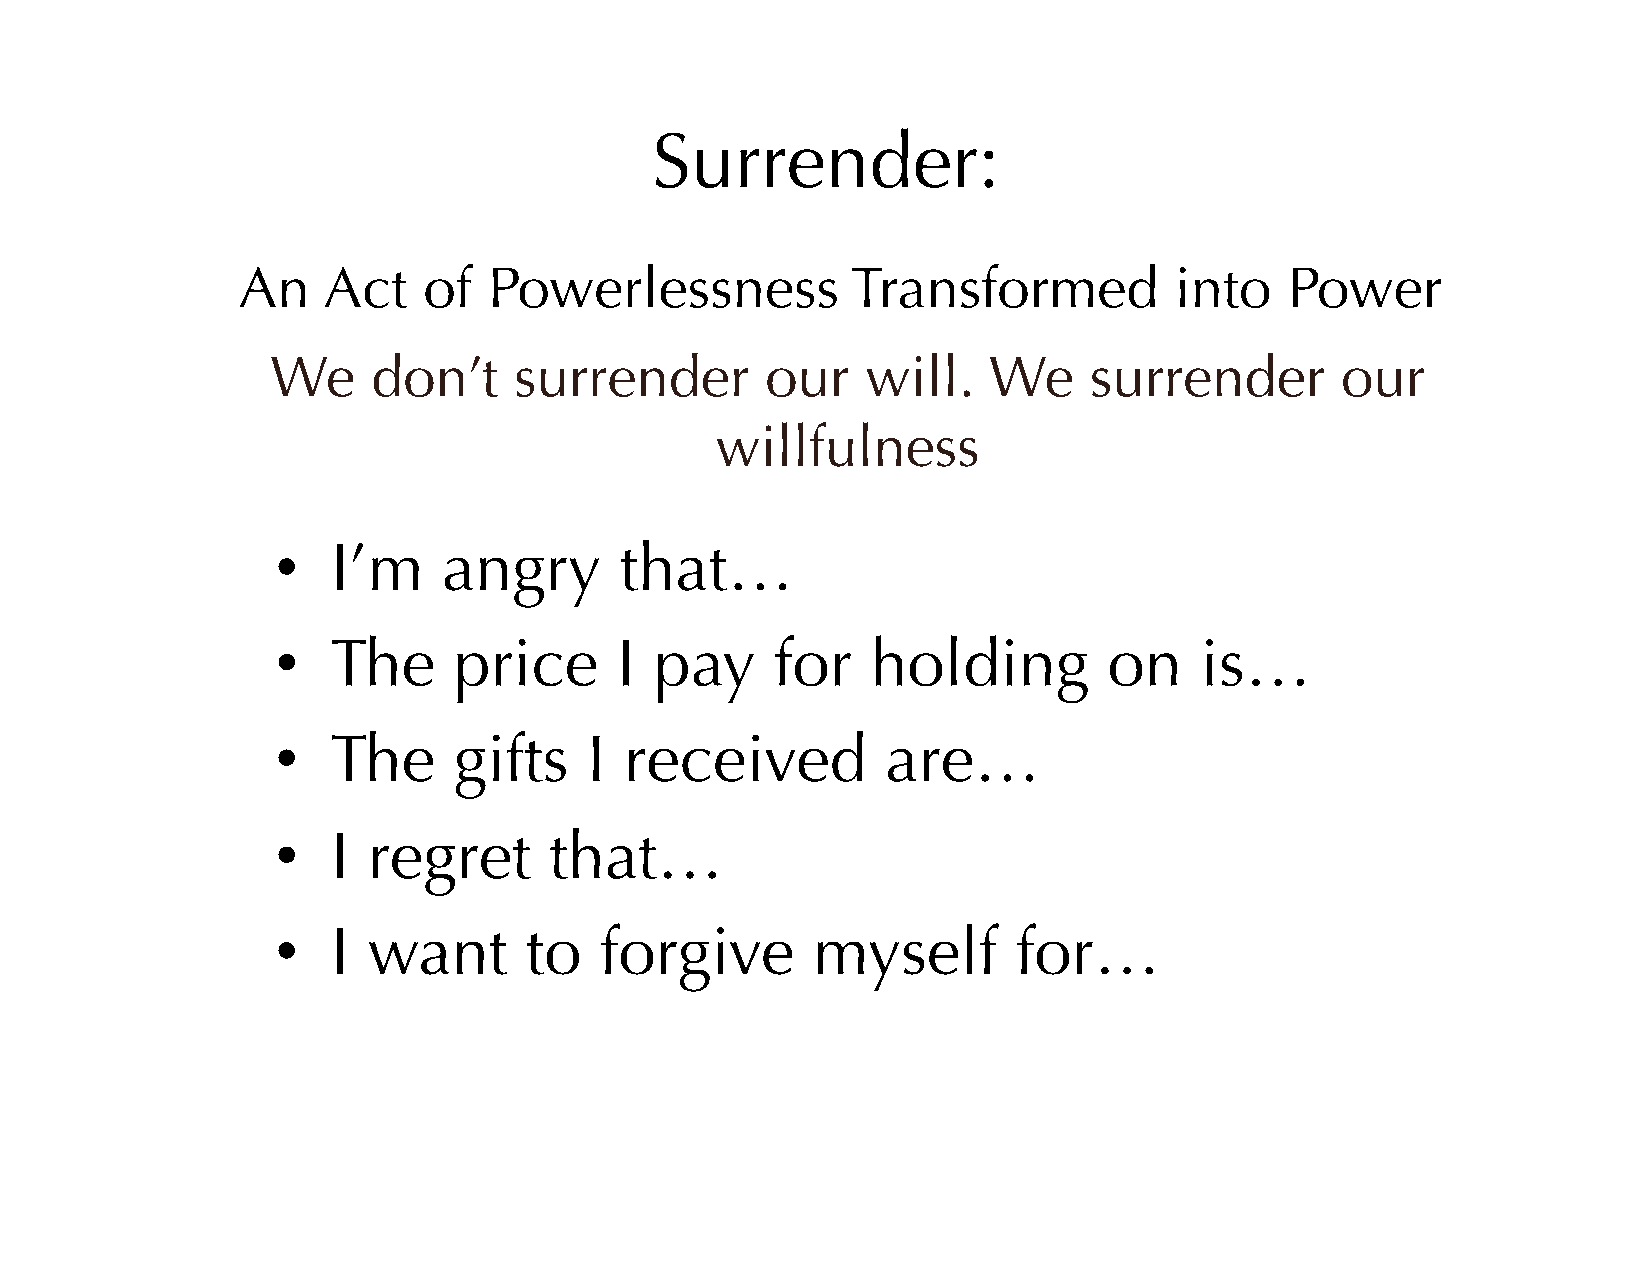
Surrender:
 An   Act    of  Powerlessness           Transformed           into   Power
 We     don’t    surrender        our   will.   We     surrender        our
 willfulness
 •   I’m    angry       that…
 •   The     price      I pay     for    holding        on    is…
 •   The     gifts    I received          are…
 •   I regret      that…
 •   I want       to   forgive       myself       for…